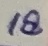
Text: 18